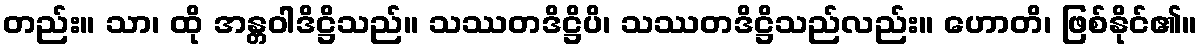
တည်း။ သာ၊ ထို အန္တဝါဒိဋ္ဌိသည်။ သဿတဒိဋ္ဌိပိ၊ သဿတဒိဋ္ဌိသည်လည်း။ ဟောတိ၊ ဖြစ်နိုင်၏။